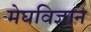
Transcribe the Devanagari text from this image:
मेघविज्ञान